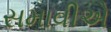
સમાવીએ